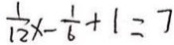
\frac { 1 } { 1 2 } x - \frac { 1 } { 6 } + 1 = 7